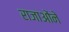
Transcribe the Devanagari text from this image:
राजाओंने